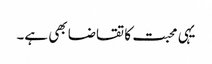
یہی محبت کا تقاضا بھی ہے۔